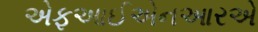
એફઆઈએનઆરએ